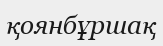
қоянбұршақ